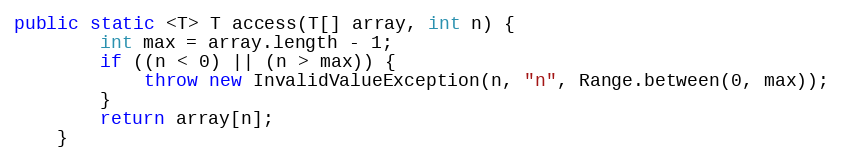
Language: Java
public static <T> T access(T[] array, int n) {
        int max = array.length - 1;
        if ((n < 0) || (n > max)) {
            throw new InvalidValueException(n, "n", Range.between(0, max));
        }
        return array[n];
    }